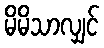
မိမိသာလျှင်